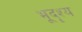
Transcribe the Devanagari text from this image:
भूदॄश्य